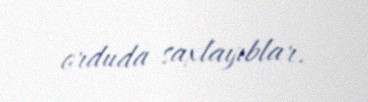
orduda saxlayıblar.